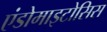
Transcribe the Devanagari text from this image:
एंडोमाइटोसिस